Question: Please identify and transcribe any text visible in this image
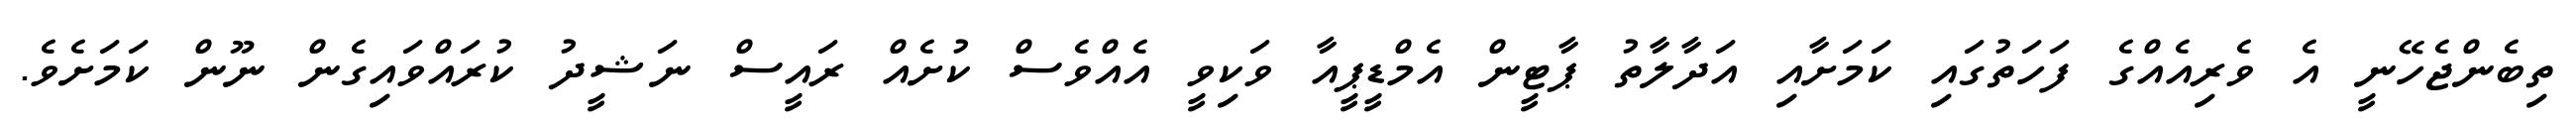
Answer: ތިބެންޖެހޭނީ އެ ވެރިއެއްގެ ފަހަތުގައި ކަމަށާއި އަދާލާތު ޕާޓީން އެމްޑީޕީއާ ވަކިވީ އެއްވެސް ކުށެއް ރައީސް ނަޝީދު ކުރައްވައިގެން ނޫން ކަމަށެވެ.